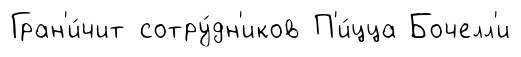
Гран'и́чит сотру́дн'иков П'и́цца Бочелл'и